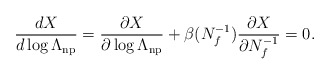
\begin{align*}\frac{dX}{d\log\Lambda_{\rm np}}=\frac{\partial X}{\partial\log\Lambda_{\rm np}}+\beta(N_f^{-1})\frac{\partial X}{\partial N_f^{-1}}=0.\end{align*}